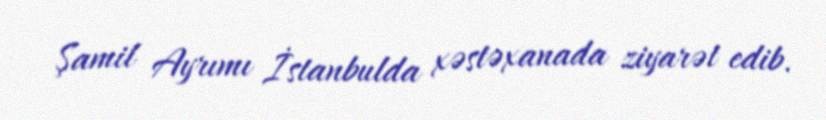
Şamil Ayrımı İstanbulda xəstəxanada ziyarət edib.